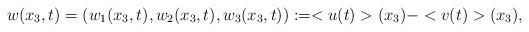
LaTeX: \begin{align*}w(x_3,t)=(w_1(x_3,t),w_2(x_3,t),w_3(x_3,t)):=<u(t)>(x_3)-<v(t)>(x_3),\end{align*}